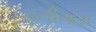
હતીતારા